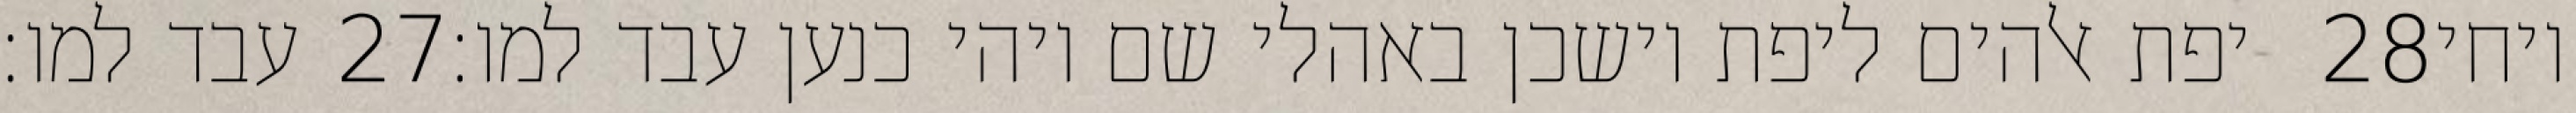
עבד למו׃ ‎27‏ יפת אלהים ליפת וישכן באהלי שם ויהי כנען עבד למו׃ ‎28‏ ויחי